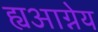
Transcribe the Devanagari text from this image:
ह्यआग्नेय